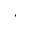
^ { \ast }